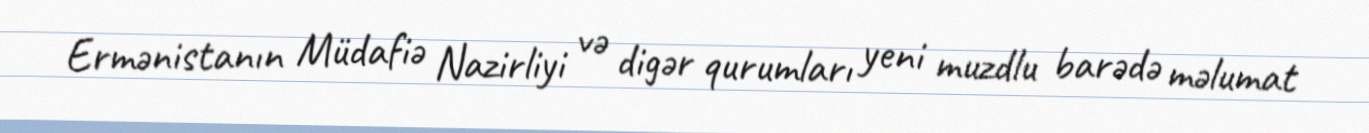
Ermənistanın Müdafiə Nazirliyi və digər qurumları yeni muzdlu barədə məlumat